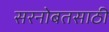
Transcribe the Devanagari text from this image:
सरनोबतसाठी